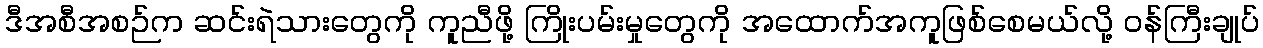
ဒီအစီအစဉ်က ဆင်းရဲသားတွေကို ကူညီဖို့ ကြိုးပမ်းမှုတွေကို အထောက်အကူဖြစ်စေမယ်လို့ ဝန်ကြီးချုပ်